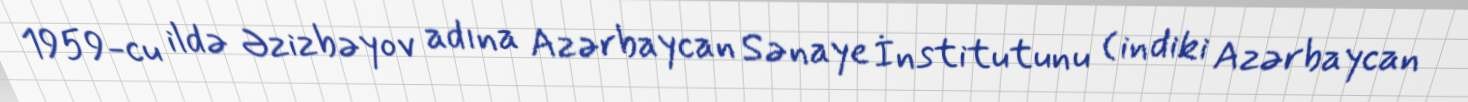
1959-cu ildə Əzizbəyov adına Azərbaycan Sənaye İnstitutunu (indiki Azərbaycan